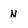
Character: N